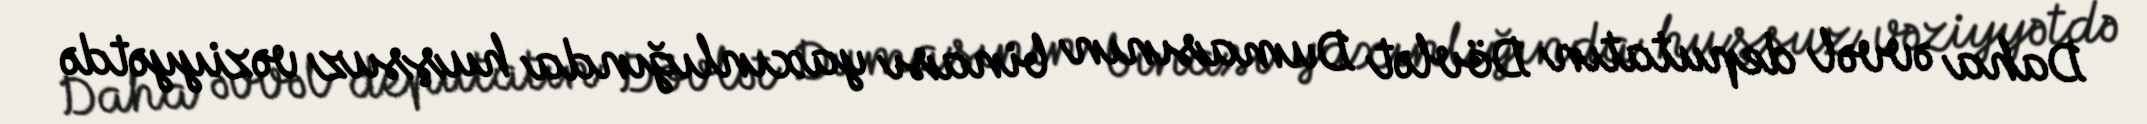
Daha əvvəl deputatın Dövlət Dumasının binası yaxınlığında huşsuz vəziyyətdə